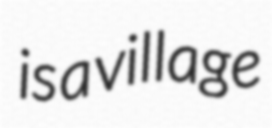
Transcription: is a village